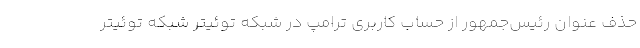
حذف عنوان رئیس‌جمهور از حساب کاربری ترامپ در شبکه توئیتر شبکه توئیتر